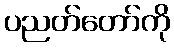
ပညတ်တော်ကို